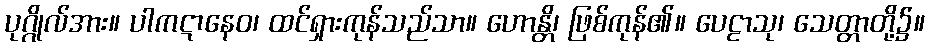
ပုဂ္ဂိုလ်အား။ ပါကဋာနေဝ၊ ထင်ရှားကုန်သည်သာ။ ဟောန္တိ၊ ဖြစ်ကုန်၏။ ပေဠာသု၊ သေတ္တာတို့၌။